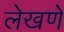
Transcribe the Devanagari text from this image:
लेखणे